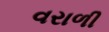
વરાળી